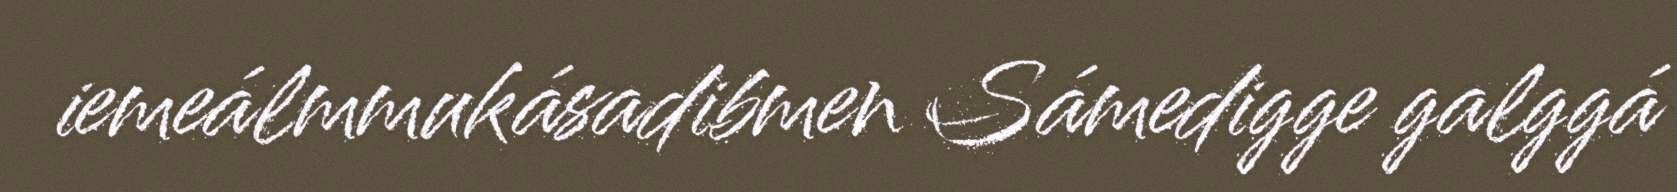
iemeálmmukásadibmen Sámedigge galggá